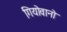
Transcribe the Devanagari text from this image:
गियोवानो